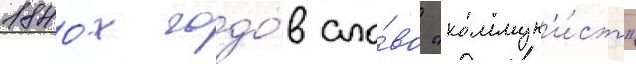
1840-х годо́в сло́во "коммун'и́ст"